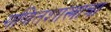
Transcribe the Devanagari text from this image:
गणितशास्त्राचा